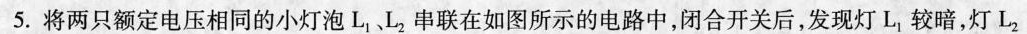
5.将两只额定电压相同的小灯泡L_{1}、L_{2}串联在如图所示的电路中，闭合开关后，发现灯L_{1}较暗，灯L_{2}